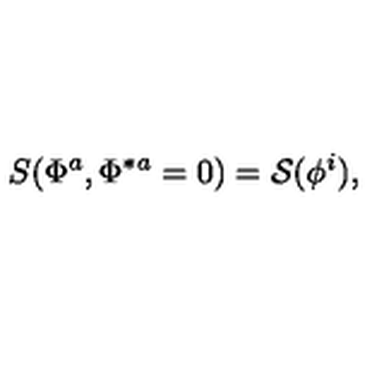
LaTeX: S ( \Phi ^ { a } , \Phi ^ { \ast a } = 0 ) = { \cal S } ( \phi ^ { i } ) ,